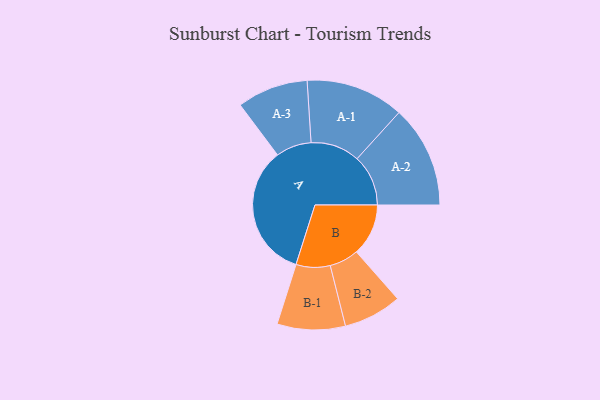
{"axis": {"x": "Segment", "y": "Value"}, "legend": ["", "A", "B"], "data": [{"x": "A", "y": 465, "type": ""}, {"x": "B", "y": 180, "type": ""}, {"x": "A-1", "y": 170, "type": "A"}, {"x": "A-2", "y": 177, "type": "A"}, {"x": "A-3", "y": 123, "type": "A"}, {"x": "B-1", "y": 118, "type": "B"}, {"x": "B-2", "y": 101, "type": "B"}]}